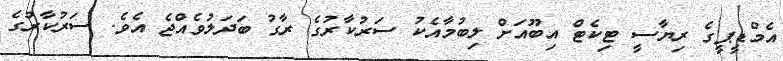
އެމްޑީޕީގެ ރިޔާސީ ޓިކެޓް އިބޫއަށް ލިބުމާއެކު ސަރުކާރުގެ ރާގު ބަދަލުވެއްޖެ އެވެ. ސަރުކާރުގެ